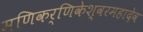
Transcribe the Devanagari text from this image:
मणिकर्णिकेश्वरमहादेव